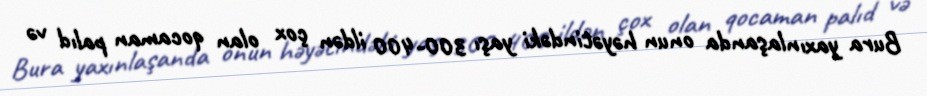
Bura yaxınlaşanda onun həyətindəki yaşı 300-400 ildən çox olan qocaman palıd və